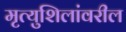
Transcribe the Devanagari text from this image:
मृत्युशिलांवरील